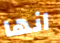
انها